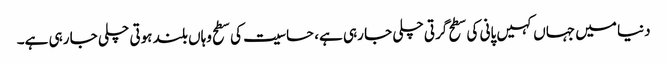
دنیا میں جہاں کہیں پانی کی سطح گرتی چلی جا رہی ہے، حساسیت کی سطح وہاں بلند ہوتی چلی جا رہی ہے۔